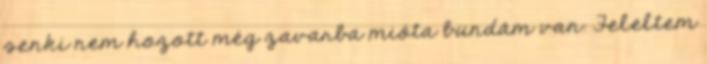
senki nem hozott még zavarba mióta bundám van. Feleltem